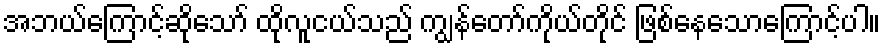
အဘယ်ကြောင့်ဆိုသော် ထိုလူငယ်သည် ကျွန်တော်ကိုယ်တိုင် ဖြစ်နေသောကြောင့်ပါ။